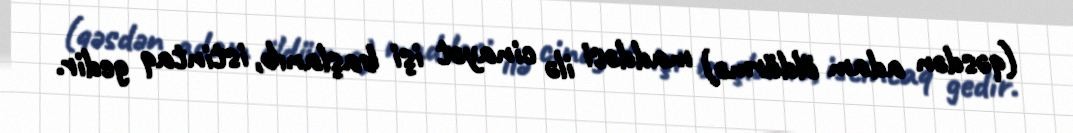
(qəsdən adam öldürmə) maddəsi ilə cinayət işi başlanıb, istintaq gedir.